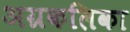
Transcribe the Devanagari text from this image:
अग्रकलिका